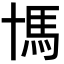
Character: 𩡪